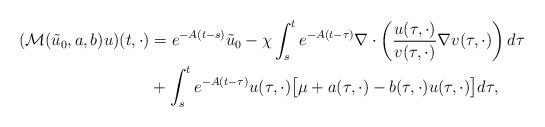
LaTeX: \begin{align*} {( \mathcal{M}(\tilde u_0,a,b)u)(t,\cdot)} &= e^{-A(t-s) }\tilde u_0 -\chi \int_s^t e^{ -A(t-\tau) } \nabla \cdot \left(\frac{u(\tau,\cdot)}{v(\tau,\cdot)} \nabla v(\tau,\cdot) \right) d\tau\\ &+ \int_s^t e^{ -A(t-\tau)} u(\tau,\cdot)\big[{ \mu}+a(\tau,\cdot)-b(\tau,\cdot)u(\tau,\cdot)\big] d\tau,\end{align*}